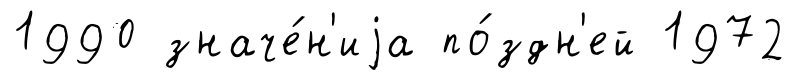
1990 значе́н'иjа по́здн'ей 1972